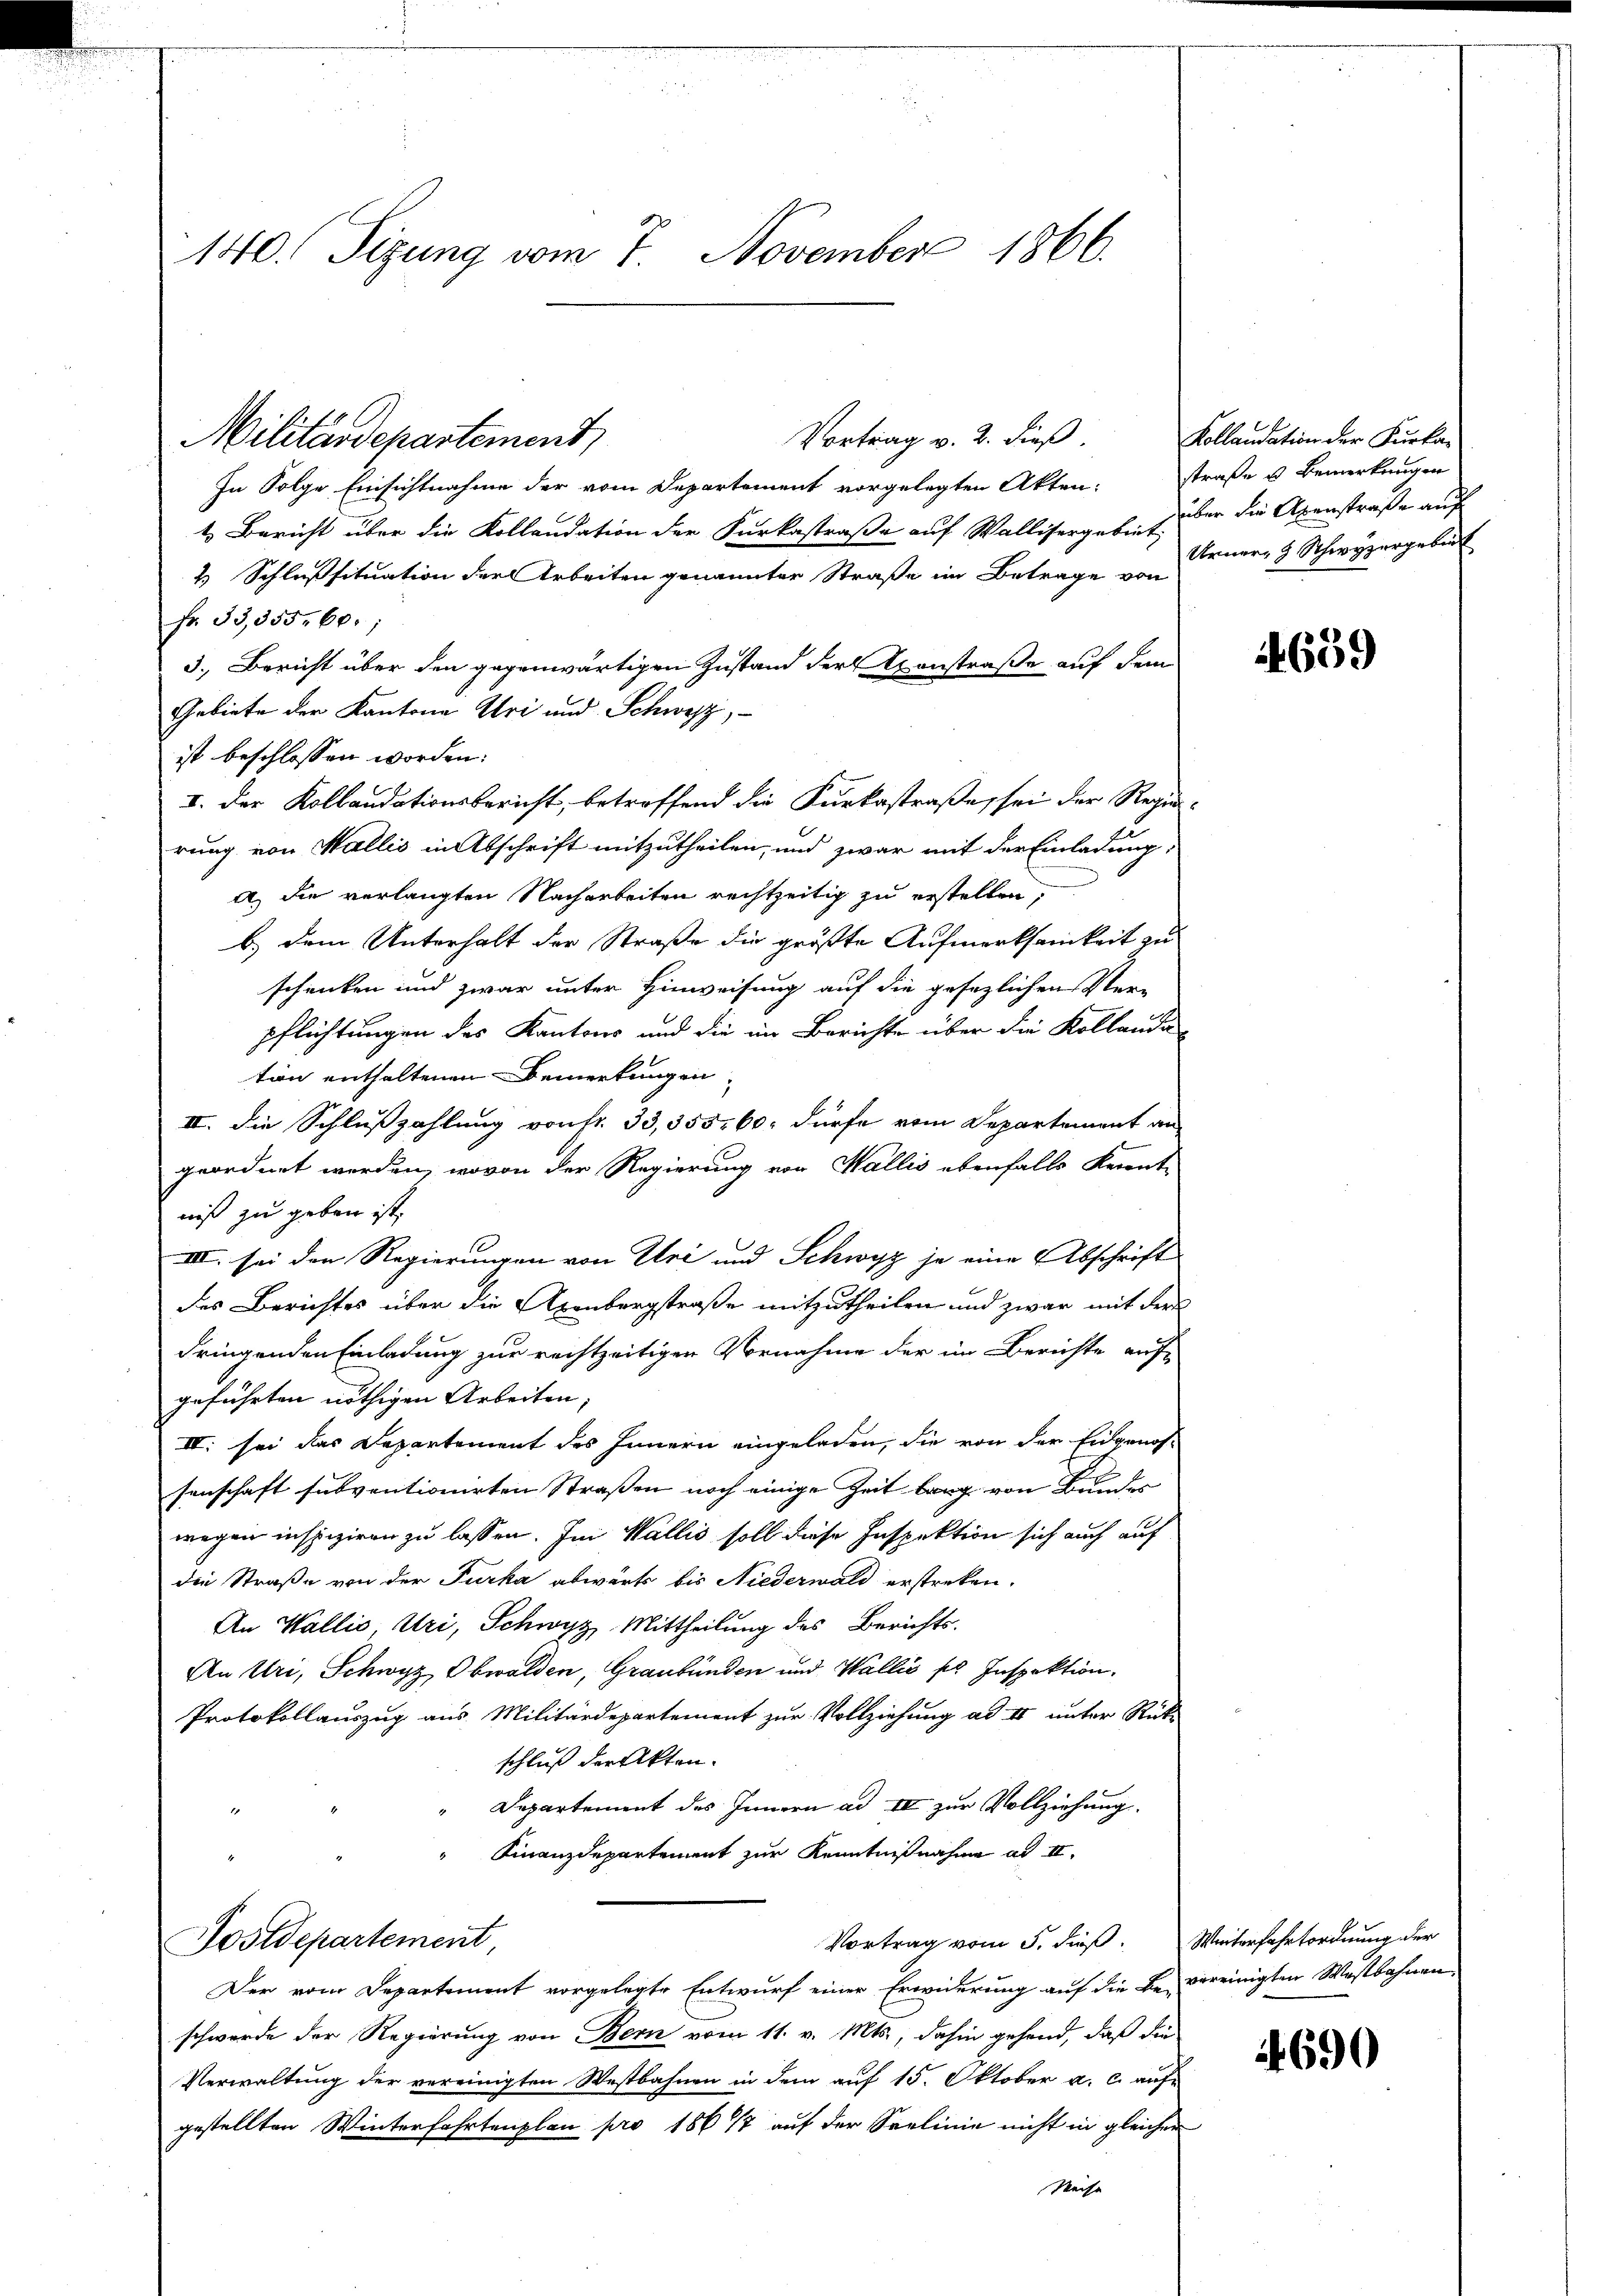
140. Sizung vom 7. November 1866.

Vortrag v. 2. dieß.
In Folge Einsichtnahme der vom Departement vorgelegten Akten:
1. Bericht über die Kollandation der Furkastraße auf Wallisergebens über die Axenstraße auf
4 Schlußsituation der Arbeiten genannter Straße im Betrage von
fr. 33,355. 60.
3.) Bericht über den gegenwärtigen Zustand der Konstraße auf dem
Gebiete der Kantone Uri und Schwyz,
ist beschlossen worden:
I. Der Kollaudationsbericht, betreffend die Furkastraße, sei der Regie¬
2
rung von Wallis in Abschrift mitzutheilen, und zwar mit der Einladung,
al die verlangten Nacharbeiten rechtzeitig zu erstellen,
b.) Dem Unterhalt der Straße die größte Aufmerksamkeit zu
schenken und zwar unter Hinweisung auf die gesezlichen Ver-
pflichtungen des Kantons und die im Berichte über die Kollande
tion enthaltenen Bemerkungen
II. Die Schluszahlung von fr. 33, 355, 60, dürfe vom Departement an
geordnet werden, wovon der Regierung von Wallis ebenfalls Keronte
niß zu geben ist,
IIII. sei den Regierungen von Uri und Schwyz je eine Abschrift
des Berichtes über die Axenbergstraße mitzutheilen und zwar mit der
dringenden Einladung zur rechtzeitigen Vornahme der im Berichte auf
geführten nöthigen Arbeiten,
IV. sei das Departement des Innern eingeladen, die von der Eidgenos-
senschaft subventionirten Straßen noch einige Zeit bang von Bunder
wegen inspiziren zu lassen. Im Wallis soll diese Inspektion sich auch auf
die Straße von der Furka abwärts bis Niederwald erstreken.
An Wallis, Uri, Schwyz Mittheilung des Berichts¬
An Uri, Schwyz, Obwalden, Graubünden und Wallis se Inspektion
Protokollauszug aus Militärdepartement zur Vollziehung ad II unter Rück-
schluß der Akten.
Departement des Innern ad II zur Vollziehung.
Finanzdepartement zur Kenntnißnahme ad II.
Vortrag vom 5. dieß. Winterfahrtordnung der
Postdepartement,
Der vom Departement vorgelegte Entwurf einer Erwiderung auf die Be-vereinigten Westbahnen
schwerde der Regierung von Bern vom 11. v. Mts., dahin gehend, daß die
Verwaltung der vereinigten Westbahnen in dem auf 15. Oktober a. c. aufgestellten Winterfahrtenplan pro 1861 auf der Seelinie nicht in gleicher
Weise

Militärdepartement

Kollandation der Furkastraße u. Bemerkungen
Urner, 8 Schwyzergebiet

659

4690